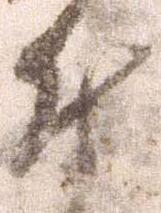
付